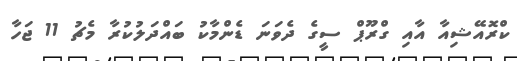
ކްރޮއޭޝިއާ އާއި ގްރޫޕް ސީގެ ދެވަނަ ޑެންމާކު ބައްދަލުކުރާ މެޗު 11 ޖަހާ